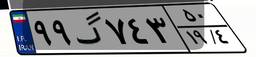
۹۹گ۷۴۳۵۰